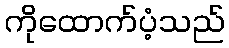
ကိုထောက်ပံ့သည်